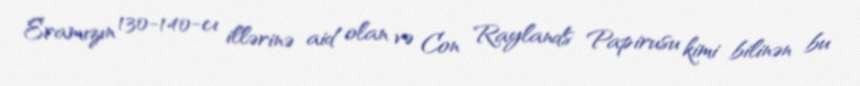
Eramızın 130-140-cı illərinə aid olan və Con Raylands Papirusu kimi bilinən bu